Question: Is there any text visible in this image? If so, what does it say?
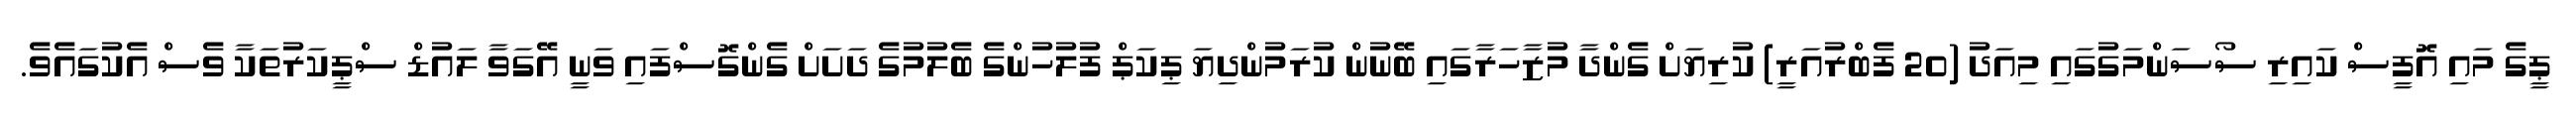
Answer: ޕީގެ މައި އޮފީސް ކައިރި ސޯސަންމަގުގައި މިއަދު (20 ފެބްރުއަރީ) ކުރިޔަށް ގެންދާ މުޒާހަރާގައި ބޭނުން ކުރަމުންދިޔަ ޕިކަޕް ފުލުހުންގެ ބެލުމުގެ ދަށަށް ގެންގޮސްފައި ވަނީ އޭގަވާ ލައުޑް ސްޕީކަރުތަކާ ވެސް އެކުގައެވެ.